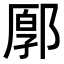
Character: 𨜸